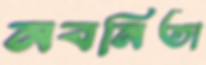
নবনিতা